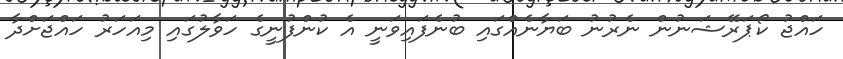
ހައްޖު ކޯޕަރޭޝަނުން ނެރުނު ބަޔާނެއްގައި ބުނެފައިވަނީ އެ ކުންފުނީގެ ހަވާލުގައި މިއަހަރު ހައްޖަށްދާ